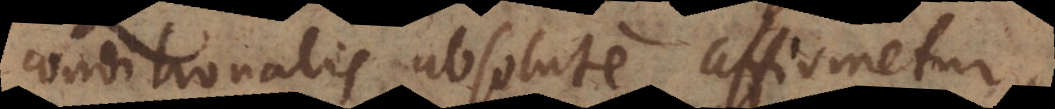
conditionalis absolute affirmetur,